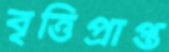
বৃত্তিপ্রাপ্ত